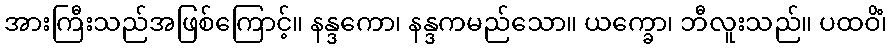
အားကြီးသည်အဖြစ်ကြောင့်။ နန္ဒကော၊ နန္ဒကမည်သော။ ယက္ခော၊ ဘီလူးသည်။ ပထဝိံ၊